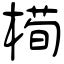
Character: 槆